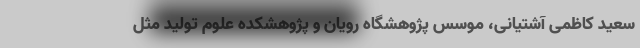
سعید کاظمی آشتیانی، موسس پژوهشگاه رویان و پژوهشکده علوم تولید مثل